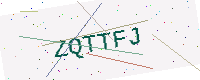
Text: ZQTTFJ